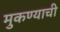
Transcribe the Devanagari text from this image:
मुकण्याची